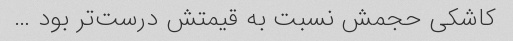
کاشکی حجمش نسبت به قیمتش درست‌تر بود …